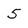
Character: 5